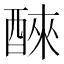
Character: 𫑹